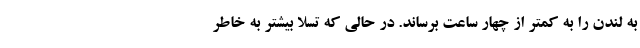
به لندن را به کمتر از چهار ساعت برساند. در حالی که تسلا بیشتر به خاطر